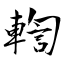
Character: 輷